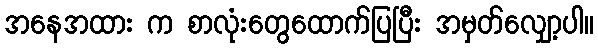
အနေအထား က စာလုံးတွေထောက်ပြပြီး အမှတ်လျှော့ပါ။